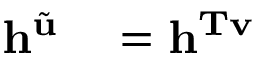
\begin{array} { r l } { \mathbf { h } ^ { \tilde { \mathbf { u } } } } & { { } = \mathbf { h } ^ { \mathbf { T v } } } \end{array}